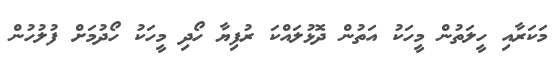
މަކަރާއި ހީލަތުން މީހަކު އަތުން ދޮޅުލައްކަ ރުފިޔާ ހޯދި މީހަކު ހޯދުމަށް ފުލުހުން